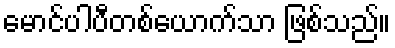
မောင်ပါပီတစ်ယောက်သာ ဖြစ်သည်။